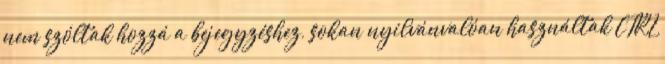
nem szóltak hozzá a bejegyzéshez, sokan nyilvánvalóan használtak CTRL